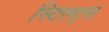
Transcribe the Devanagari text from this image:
स्टिल्ट्स